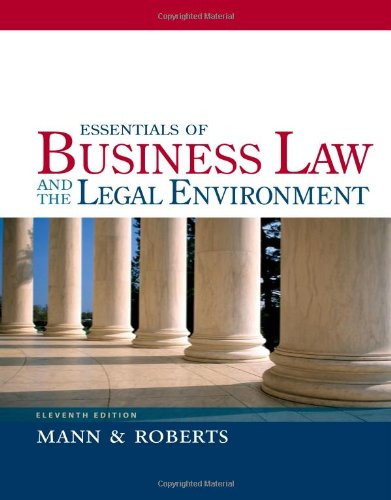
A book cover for Essentials of Business Law and the Legal Environment; Richard A. Mann; Law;